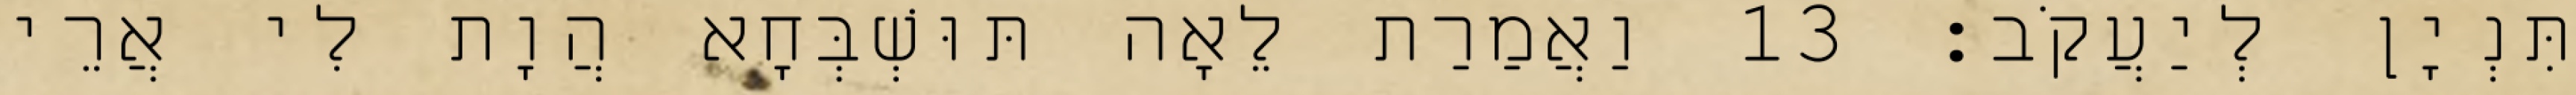
תִּנְיָן לְיַעֲקֹב׃ 13 וַאֲמַרַת לֵאָה תּוּשְׁבְּחָא הֲוָת לִי אֲרֵי